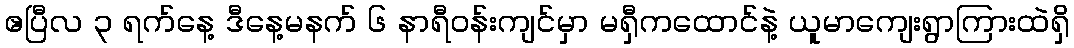
ဧပြီလ ၃ ရက်နေ့ ဒီနေ့မနက် ၆ နာရီဝန်းကျင်မှာ မရှီကထောင်နဲ့ ယူမာကျေးရွာကြားထဲရှိ